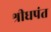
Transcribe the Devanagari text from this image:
श्रीधपंत